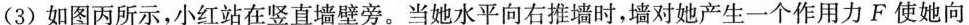
(3)如图丙所示，小红站在竖直墙壁旁。当她水平向右推墙时，墙对她产生一个作用力F使她向